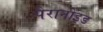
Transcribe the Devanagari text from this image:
पैरानोइड